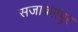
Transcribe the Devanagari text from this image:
सजावलपुर